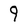
Character: 9